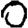
Digit: 0